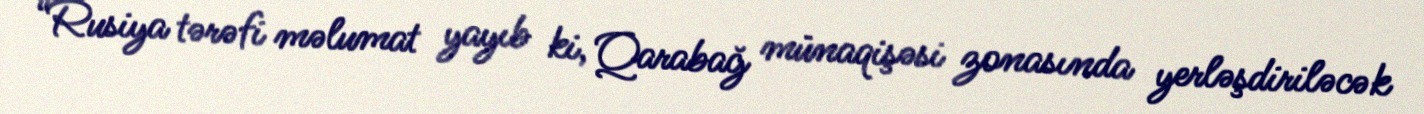
“Rusiya tərəfi məlumat yayıb ki, Qarabağ münaqişəsi zonasında yerləşdiriləcək